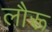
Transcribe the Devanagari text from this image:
लौरू